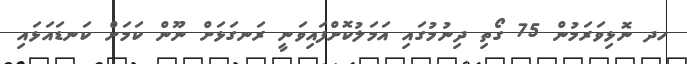
ހދ ނޮޅިވަރަމުން 75 ގޯތި ދިނުމުގައި އަމަލުކޮށްފައިވަނީ ރަނގަޅަށް ނޫން ކަމަށް ކަނޑައަޅައި